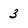
Character: 3